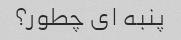
پنبه ای چطور؟